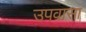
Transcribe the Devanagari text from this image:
उपवासा